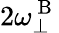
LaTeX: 2\omega_{\perp}^{\mathrm{~B~}}